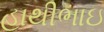
હાથીભાઇ